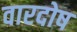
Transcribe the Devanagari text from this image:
वारदोष